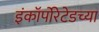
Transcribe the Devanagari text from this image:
इंकॉर्पोरेटेडच्या